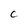
Character: C